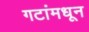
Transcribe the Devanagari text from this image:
गटांमधून